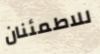
للاطمئنان